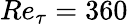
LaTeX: Re_{\tau}=360